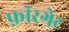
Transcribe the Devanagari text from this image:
फ़ॉरगेट